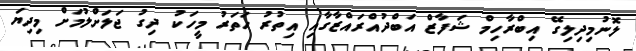
ލޮނުމިދިލިގޭ އިބްރާހިމް ޝަފާޒް އަބްދުއްރައްޒާގާއި އިތުރު ހަތަރު މީހަކު ދިގު ޖަލަށްލުމަށް މިދިޔަ